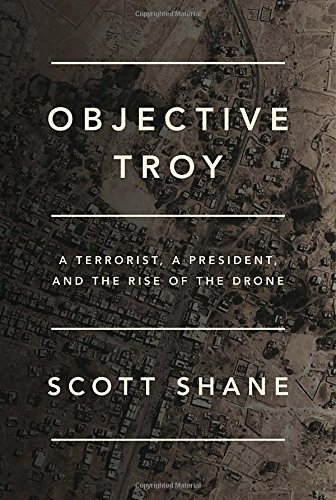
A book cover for Objective Troy: A Terrorist, a President, and the Rise of the Drone; Scott Shane; Politics & Social Sciences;